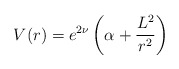
\begin{align*}V(r) = e^{2\nu} \left( \alpha +\frac{L^2}{r^2} \right) \end{align*}